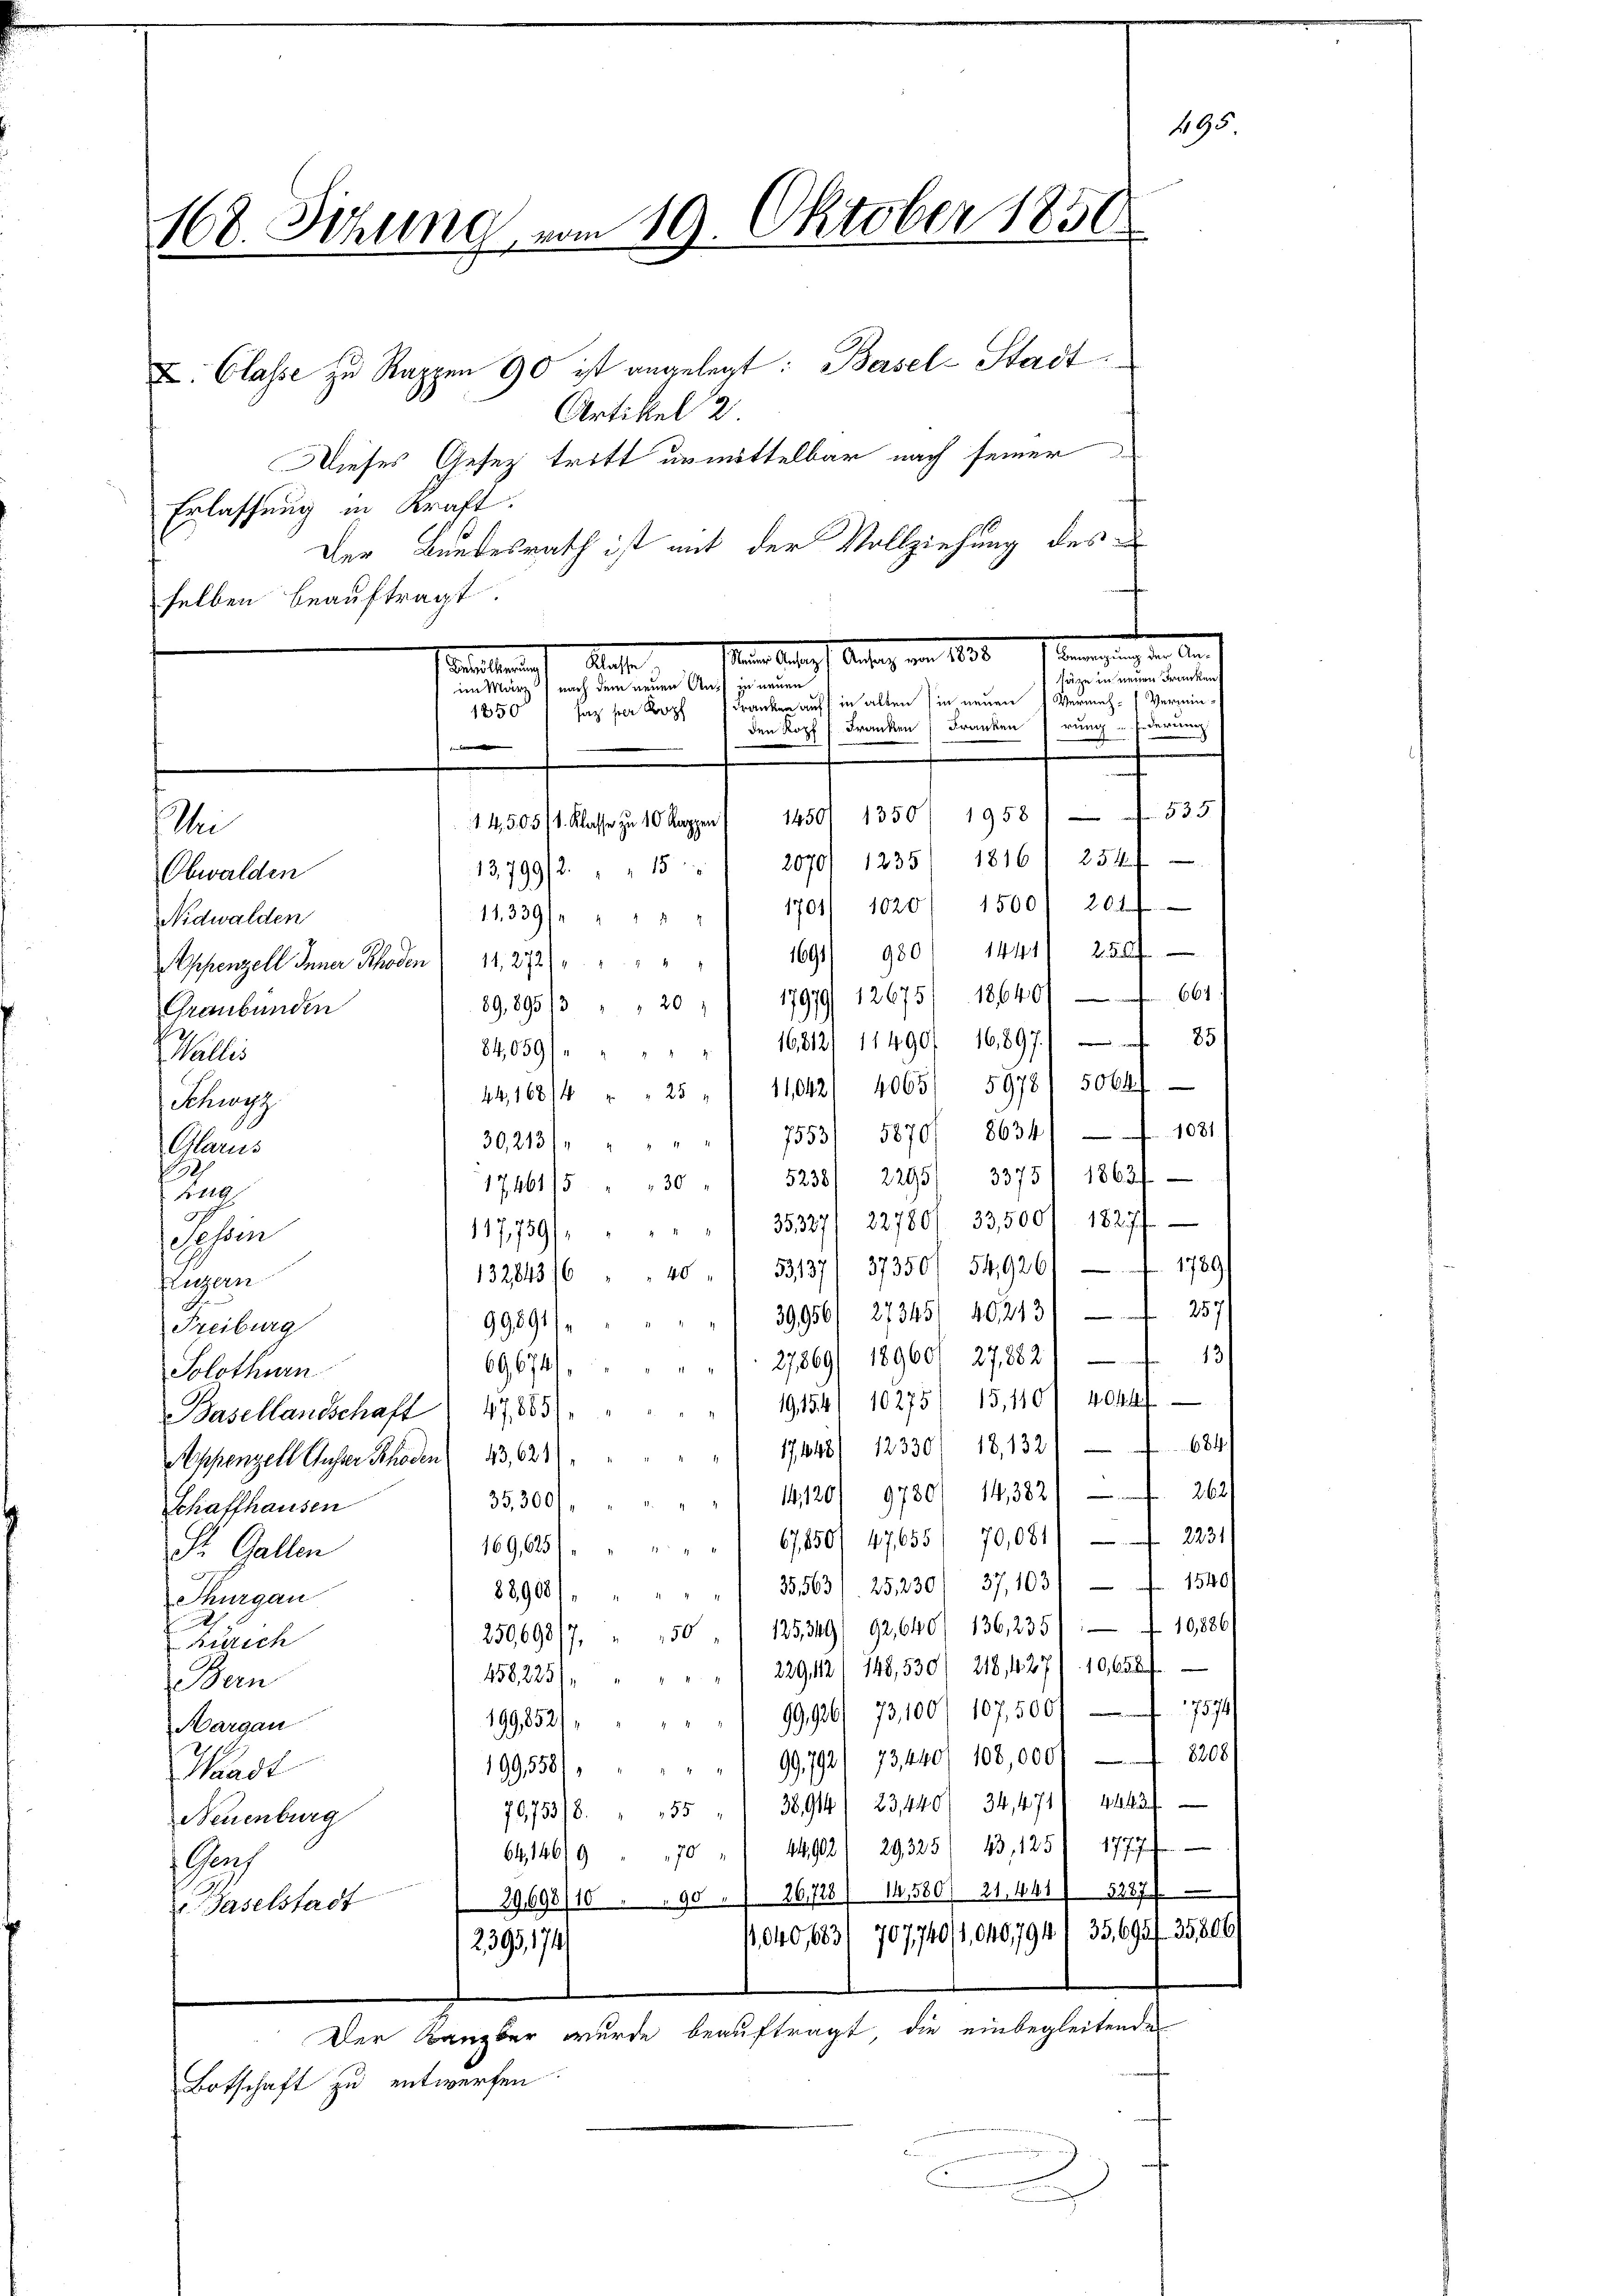
168. Sitzung vom 19. Oktober 1858

I. Classe zu Rappen 90 ist angelegt: Bersel-Stadt¬
Artikel 2
Dieses Gesez tritt unmittelbar nach seiner
Erlassung in Kraft.
Der Bundesrath ist mit der Vollziehung des
selben beauftragt.
Anfang von 1830
Man leben
Klage
Teilung
s

Sei

dem neuen Aus in neuen
andung ein
Franken auf in alten sie neuen
1850
saz per Kopf
Franken
Franken
den Kopf

Vermin.
Vermehderung
rung
1450/ 1350/ 1958 535
2070/ 1235/ 1816/ 254 f
1441 250

495

14,505/1. Klasse zu 10 Kappen
13,799/215
Obwalden
11339/ " " " " 1701/ 1020/ 1500, 2014
Nidwalden
980
1691
schenzell Appenzell 12, 272
89,89513 " " 20 " 17979/ 12675). 18640/661
Graubünden
84,059/" " " " " " 16212/ 11490, 16,897/ 85
Wallis
44,16814 " " 25 " " 11042/ 4065/ 5978/ 5064
Schwyz
30,2131 " " " 7553/ 5870) 86341 1081/
Glarus
8
17461/5 " " 30 " " 5238/ 22951 3375) 1863/
Fr. 118
117,759/ " " " " " 35327/ 22780/ 33,500/ 18277
Jahren
53137/ 37350/ 54926/ 1789
132843/6 " " 40
Eugen
399561 27345/ 40213/ 257
99891/
Freiburg
" 1. 27869/ 18960/ 27882, 13
69674
Solothurn
191541 102751 15,410/ 4044f
Basellandschaft) 478831
" 17448/ 12330/ 18, 132. 684
Appenzell Unser Schaden 13,1524
14,120/ 9730/ 14,382/ 263.
35,300/
Schaffhausen
169,625/. " " " " 6850/ 47655/ 70,081/ 2231
St. Gallen
889081. " " " " " 35,563/ 252301 37, 103 f. 1540
Thurgau
.
250698/7, " 50 " 125349/92,640/ 136,235 f 10886
tth
458,2251 " " " " " 2291121 148,530) 218, 427/10,658 f
federn
 9996/ 73,100/ 107,500/ 7574
199,852/
Aargau
199558/" " " " " " 99,7921 73,440/ 100,000 — 82081
Handt
70,753/8. " 55 " " 38914/ 23,440/ 34,4711 4243/
Neuenburg
64,146/9 " 70 " " 44902) 29325/ 43, 125) 1777
1 Gens
29,698/10 90 " " 26,728/ 14,580/ 21, 441. 5287
Baselstadt
,040,683/ 707740/1,0407941 35,695/ 35806)
2395, 174
Der Banzber wurde beauftragt, die einbegleitende
Botschaft zu entwerfen.